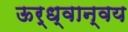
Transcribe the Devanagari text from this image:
ऊर्ध्वान्वय